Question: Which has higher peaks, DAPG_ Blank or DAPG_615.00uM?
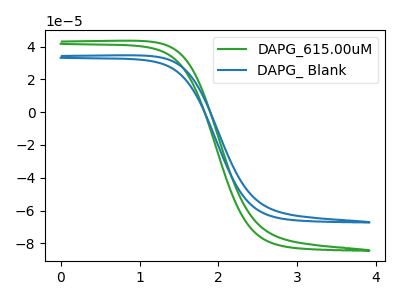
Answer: <think>The green curve "DAPG_615.00uM" has no peaks. The blue curve "DAPG_ Blank" has no peaks.</think>
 <answer>Niether CV has any peaks.</answer>
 <eval>blanks</eval>